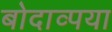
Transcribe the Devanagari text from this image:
बोदाव्पया